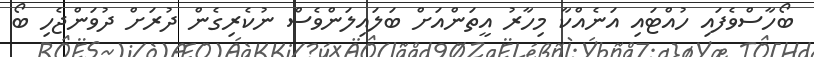
ބޯހާސްވެފައި ހުއްޓައި އަނެއްކާ މިހާރު އީތަންއަށް ބަލައިލަންވެސް ނުކެރިގެން ދުރަށް ދުވަންޖެހި ބޯ